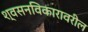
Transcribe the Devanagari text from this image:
श्वसनविकारावरील